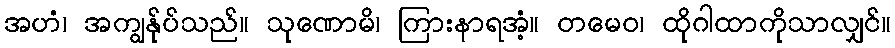
အဟံ၊ အကျွန်ုပ်သည်။ သုဏောမိ၊ ကြားနာရအံ့။ တမေဝ၊ ထိုဂါထာကိုသာလျှင်။